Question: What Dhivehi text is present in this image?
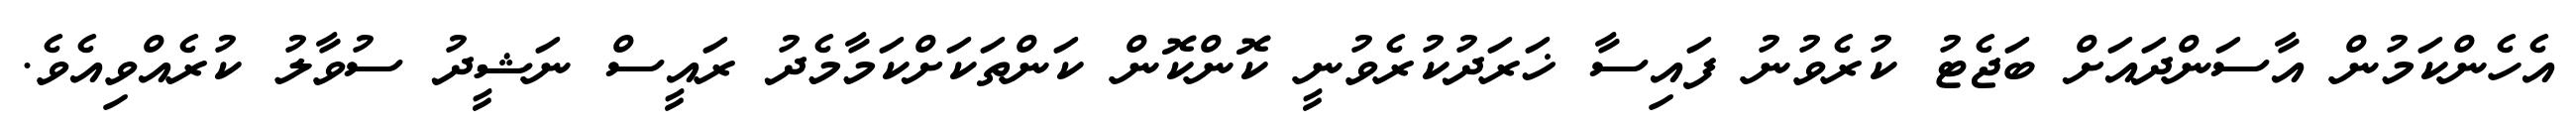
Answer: އެހެންކަމުން އާސަންދައަށް ބަޖެޓު ކުރެވުނު ފައިސާ ޚަރަދުކުރެވުނީ ކޮންކޮން ކަންތަކަށްކަމާމެދު ރައީސް ނަޝީދު ސުވާލު ކުރެއްވިއެވެ.